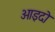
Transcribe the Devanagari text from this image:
ओइदो